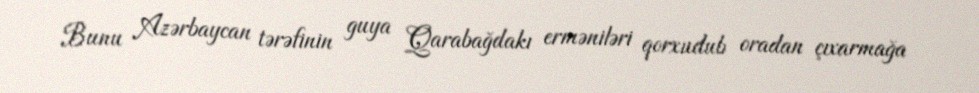
Bunu Azərbaycan tərəfinin guya Qarabağdakı erməniləri qorxudub oradan çıxarmağa